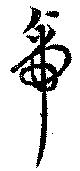
帝